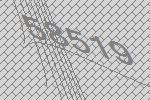
58519